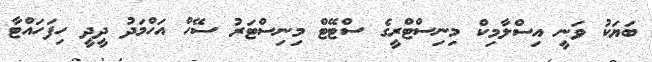
ބަޔަކު ވަނީ އިސްލާމިކް މިނިސްޓްރީގެ ސްޓޭޓް މިނިސްޓަރު ސޭހް އަހްމަދު ދީދީ ހިފަހައްޓާ